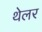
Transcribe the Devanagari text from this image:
थेलर